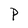
Character: P